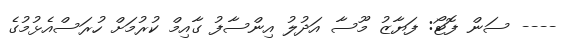
---- ސަން ފޮޓޯ: ފަޔާޒު މޫސާ އަދުލު އިންސާފު ގާއިމް ކުރުމަށް ހުރަސްއެޅުމުގެ